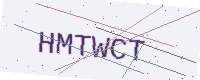
Text: HMTWCT